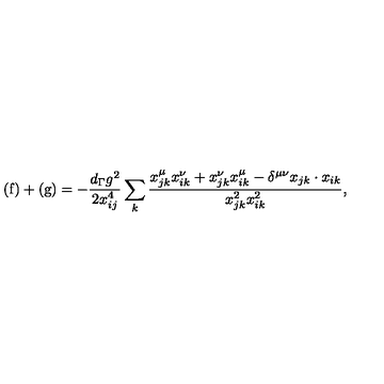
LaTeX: \mathrm { ( f ) } + \mathrm { ( g ) } = - \frac { d _ { \Gamma } g ^ { 2 } } { 2 x _ { i j } ^ { 4 } } \sum _ { k } \frac { x _ { j k } ^ { \mu } x _ { i k } ^ { \nu } + x _ { j k } ^ { \nu } x _ { i k } ^ { \mu } - \delta ^ { \mu \nu } x _ { j k } \cdot x _ { i k } } { x _ { j k } ^ { 2 } x _ { i k } ^ { 2 } } ,